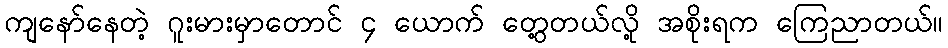
ကျနော်နေတဲ့ ဂူးမားမှာတောင် ၄ ယောက် တွေ့တယ်လို့ အစိုးရက ကြေညာတယ်။